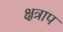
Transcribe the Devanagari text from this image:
क्षत्राप